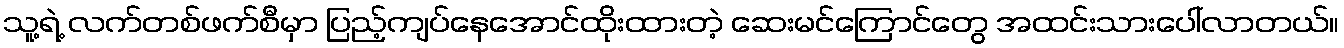
သူ့ရဲ့ လက်တစ်ဖက်စီမှာ ပြည့်ကျပ်နေအောင်ထိုးထားတဲ့ ဆေးမင်ကြောင်တွေ အထင်းသားပေါ်လာတယ်။